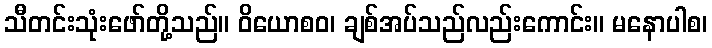
သီတင်းသုံးဖော်တို့သည်။ ဝိယောစဝ၊ ချစ်အပ်သည်လည်းကောင်း။ မနောပါစ၊